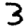
Digit: 3